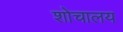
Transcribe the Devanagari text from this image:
शोचालय